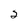
Character: 2